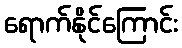
ရောက်နိုင်ကြောင်း